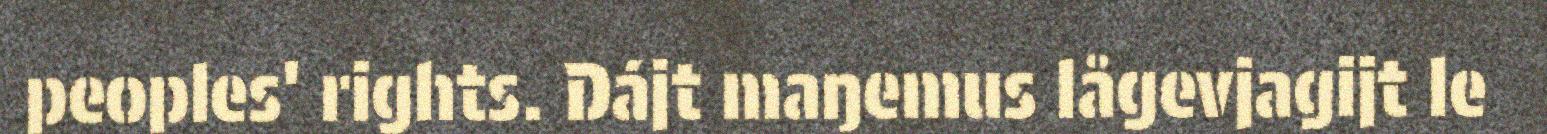
peoples' rights. Dájt maŋemus lågevjagijt le